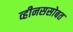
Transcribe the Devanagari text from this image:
व्हीनससोबत